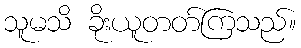
သူမသိ ခိုးယူတတ်ကြသည်။